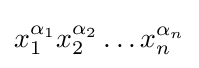
x_{1}^{\alpha _{1}}x_{2}^{\alpha _{2}}\dotsc x_{n}^{\alpha _{n}}